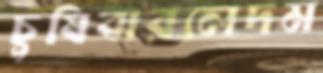
চুষিবারলেদম